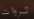
ثروات